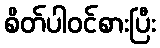
စိတ်ပါဝင်စားပြီး